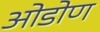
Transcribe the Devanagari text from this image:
ओडोण